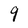
Character: q